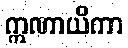
ဣဏာယိကာ